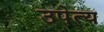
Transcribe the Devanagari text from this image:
उपेत्य